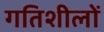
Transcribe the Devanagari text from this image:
गतिशीलों